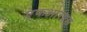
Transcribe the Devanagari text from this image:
एफआरएस